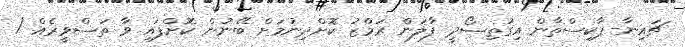
ޗައިނާ-ޕާކިސްތާން އިގުތިސޯދީ ފާލަން ރަމްޒު ކޮށްދިނުމަށް ބޭނުން ކޮށްފައި ވާ ތަސްވީރެއް /